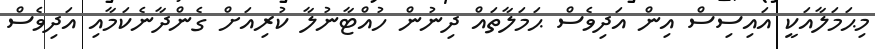
މިޙަމަލާއަކީ އައިސިސް އިން އަދިވެސް ޙަމަލާތައް ދިނުން ހުއްޓާނުލާ ކުރިއަށް ގެންދާނެކަމާއި އަދިވެސް